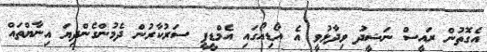
އެގޮތުން ރައީސް ނަޝީދު ވިދާޅުވީ އެ އޯޑިއޯގައި އެމްޑީޕީ ސަރުކާރުން ދެމުންގެންދިޔަ އިނާޔްތައް